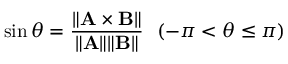
\sin \theta = { \frac { \| \mathbf { A \times B } \| } { \| \mathbf { A } \| \| \mathbf { B } \| } } \ \ ( - \pi < \theta \leq \pi )